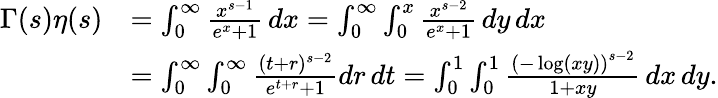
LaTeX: {\begin{array}{rl}{\Gamma(s)\eta(s)}&{=\int_{0}^{\infty}{\frac{x^{s-1}}{e^{x}+1}}\, dx=\int_{0}^{\infty}\int_{0}^{x}{\frac{x^{s-2}}{e^{x}+1}}\, dy\, dx}\\ &{=\int_{0}^{\infty}\int_{0}^{\infty}{\frac{(t+r)^{s-2}}{e^{t+r}+1}}dr\, dt=\int_{0}^{1}\int_{0}^{1}{\frac{\left(-\log(xy)\right)^{s-2}}{1+xy}}\, dx\, dy.}\end{array}}